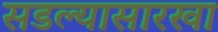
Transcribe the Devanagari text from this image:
सडल्यासारखा